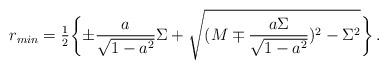
LaTeX: \begin{align*}r_{min} ={\textstyle \frac{1}{2}}\biggl \{ \pm \frac{a}{\sqrt{1 -a^{2}}}\Sigma+\sqrt{(M \mp\frac{a \Sigma}{\sqrt{1-a^{2}}})^{2}-\Sigma^{2}} \biggr \} \, .\end{align*}